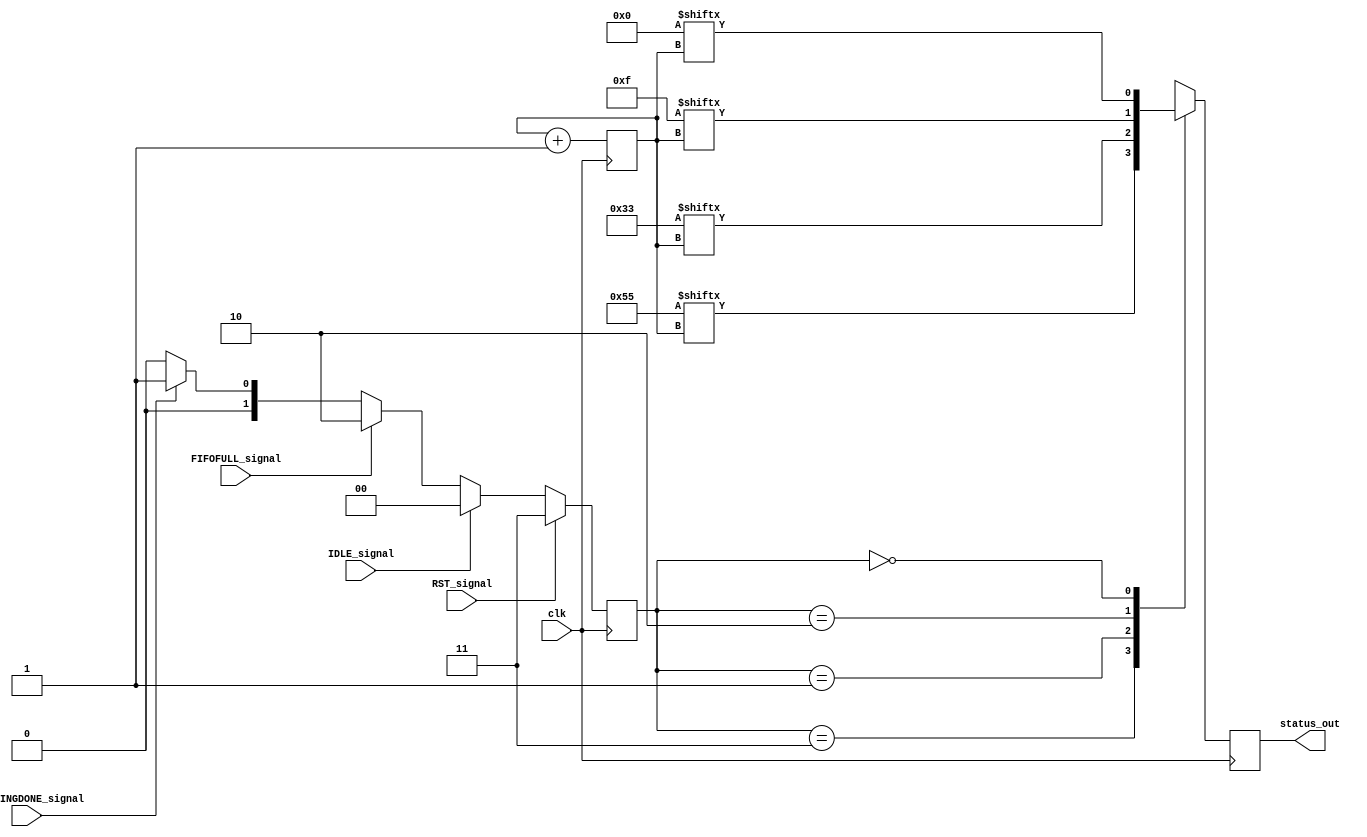
module Sora_FRL_STATUS_encoder(
		input	clk,
//		input	rst,
		
		// input from STATUS line
		output	status_out,
		
		// four output states
		input	RST_signal,
		input	TRAININGDONE_signal,
		input	IDLE_signal,
		input	FIFOFULL_signal
   );
	 
//	wire	rst_one;
	reg [2:0]	counter;
	reg	status_r;
	
	reg [1:0]	Status_state;
	parameter STATE_IDLE				= 2'b00;
	parameter STATE_TRAININGDONE	= 2'b01;
	parameter STATE_FIFOFULL		= 2'b10;
	parameter STATE_RST				= 2'b11;
	
	parameter STR_IDLE			= 8'b0000_0000;
	parameter STR_TRAININGDONE	= 8'b0011_0011;
	parameter STR_FIFOFULL		= 8'b0000_1111;
	parameter STR_RST				= 8'b0101_0101;

	// determine Status_state according to input signals
	initial 
		Status_state	<= STATE_IDLE;
	always@(posedge clk)begin
//		if (rst | RST_signal)
		if (RST_signal)
			Status_state	<= STATE_RST;
		else if (IDLE_signal)		// this signal is subtle, it's asserted when a RST state is received from Status line,
											// and in this case, FIFOFULL_signal & TRAININGDONE_signal should be deasserted outside of this module
			Status_state	<= STATE_IDLE;
		else if (FIFOFULL_signal)
			Status_state	<= STATE_FIFOFULL;
		else if (TRAININGDONE_signal)
			Status_state	<= STATE_TRAININGDONE;
		else
			Status_state	<= STATE_IDLE;
	end

	initial 
		counter <= 3'b000;
	always@(posedge clk)
		counter <= counter + 3'b001;
//	always@(posedge clk)begin
//		if (rst)
//			counter <= 3'b000;
//		else
//			counter <= counter + 3'b001;
//	end
	
	assign status_out = status_r;
	// Status encoder
	always@(posedge clk)begin
		case(Status_state)
			STATE_RST:
				status_r	<= STR_RST[counter];
			STATE_TRAININGDONE:
				status_r	<= STR_TRAININGDONE[counter];
			STATE_FIFOFULL:
				status_r	<= STR_FIFOFULL[counter];
			STATE_IDLE:
				status_r	<= STR_IDLE[counter];
		endcase
	end

endmodule